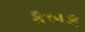
કબક